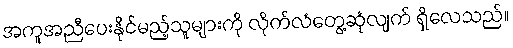
အကူအညီပေးနိုင်မည့်သူများကို လိုက်လံတွေ့ဆုံလျက် ရှိလေသည်။